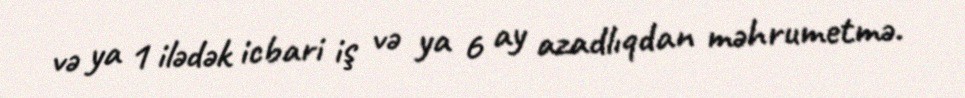
və ya 1 ilədək icbari iş və ya 6 ay azadlıqdan məhrumetmə.